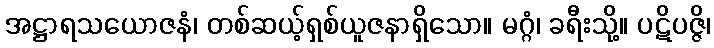
အဋ္ဌာရသယောဇနံ၊ တစ်ဆယ့်ရှစ်ယူဇနာရှိသော။ မဂ္ဂံ၊ ခရီးသို့။ ပဋိပဇ္ဇိ၊